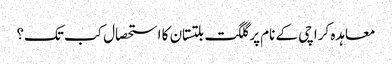
معاہدہ کراچی کے نام پر گلگت بلتستان کا استحصال کب تک؟